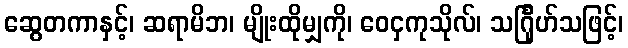
ဆွေတကာနှင့်၊ ဆရာမိဘ၊ မျိုးထိုမျှကို၊ ဝေငှကုသိုလ်၊ သင်္ဂြုဟ်သဖြင့်၊